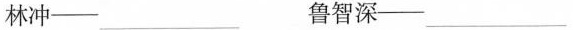
林冲—___ 鲁智深—___